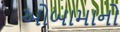
ઓબામાનો